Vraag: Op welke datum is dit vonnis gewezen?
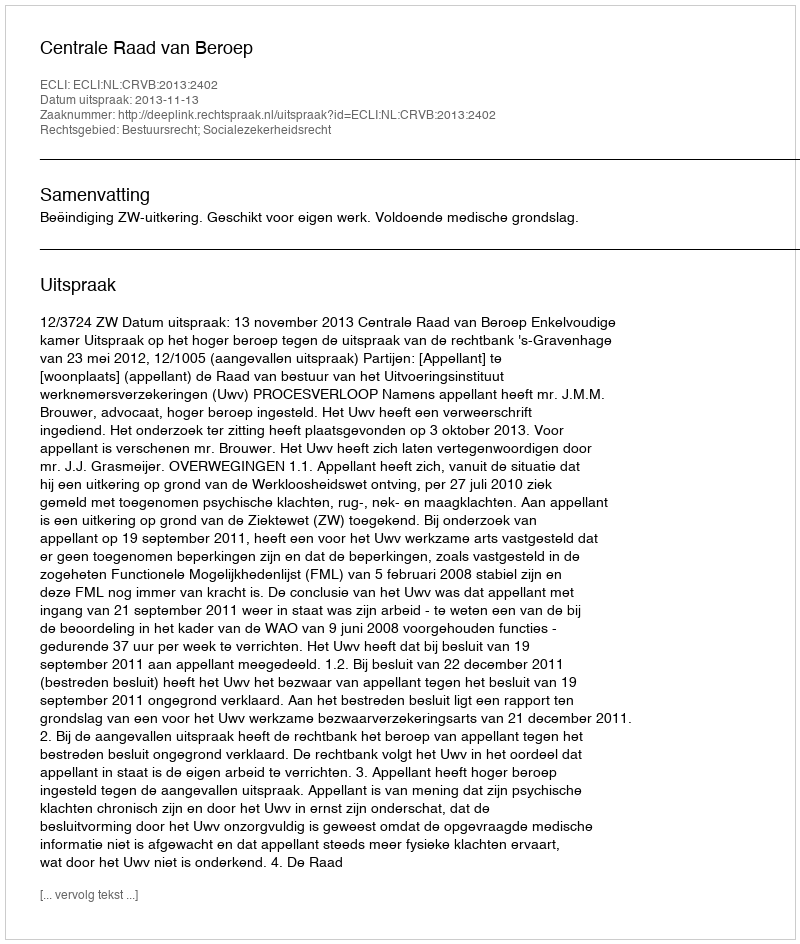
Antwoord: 2013-11-13